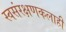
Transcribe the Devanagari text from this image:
स्वसंरक्षणकलाही